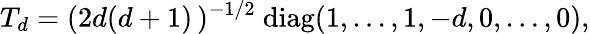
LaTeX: T_{d}=(2d(d+1)\, )^{-1/2}\ \mathrm{diag}(1,\ldots,1,-d,0,\ldots,0),